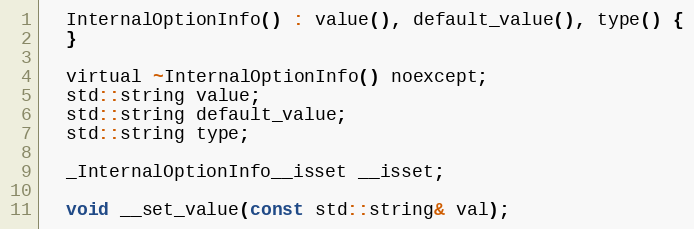
Language: C
  InternalOptionInfo() : value(), default_value(), type() {
  }

  virtual ~InternalOptionInfo() noexcept;
  std::string value;
  std::string default_value;
  std::string type;

  _InternalOptionInfo__isset __isset;

  void __set_value(const std::string& val);